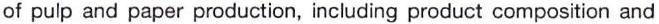
of pulp and paper production, including product composition and